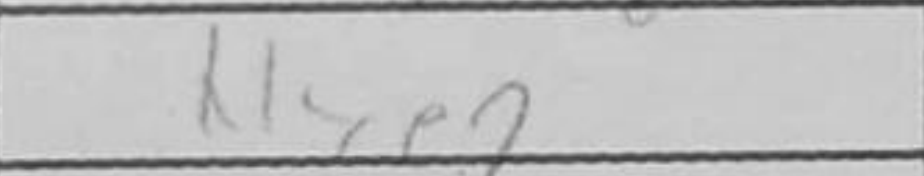
Transcription: Nxe2